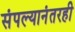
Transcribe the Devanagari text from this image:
संपल्यानंतरही